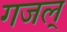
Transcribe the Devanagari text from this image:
गजल्